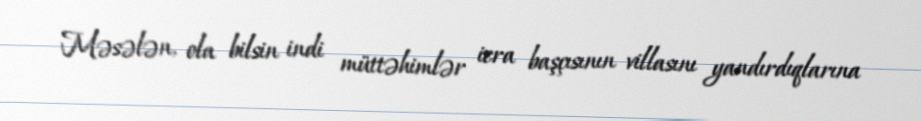
Məsələn, ola bilsin indi müttəhimlər icra başçısının villasını yandırdıqlarına